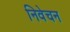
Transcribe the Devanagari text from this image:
निवेचन